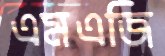
এমএজি